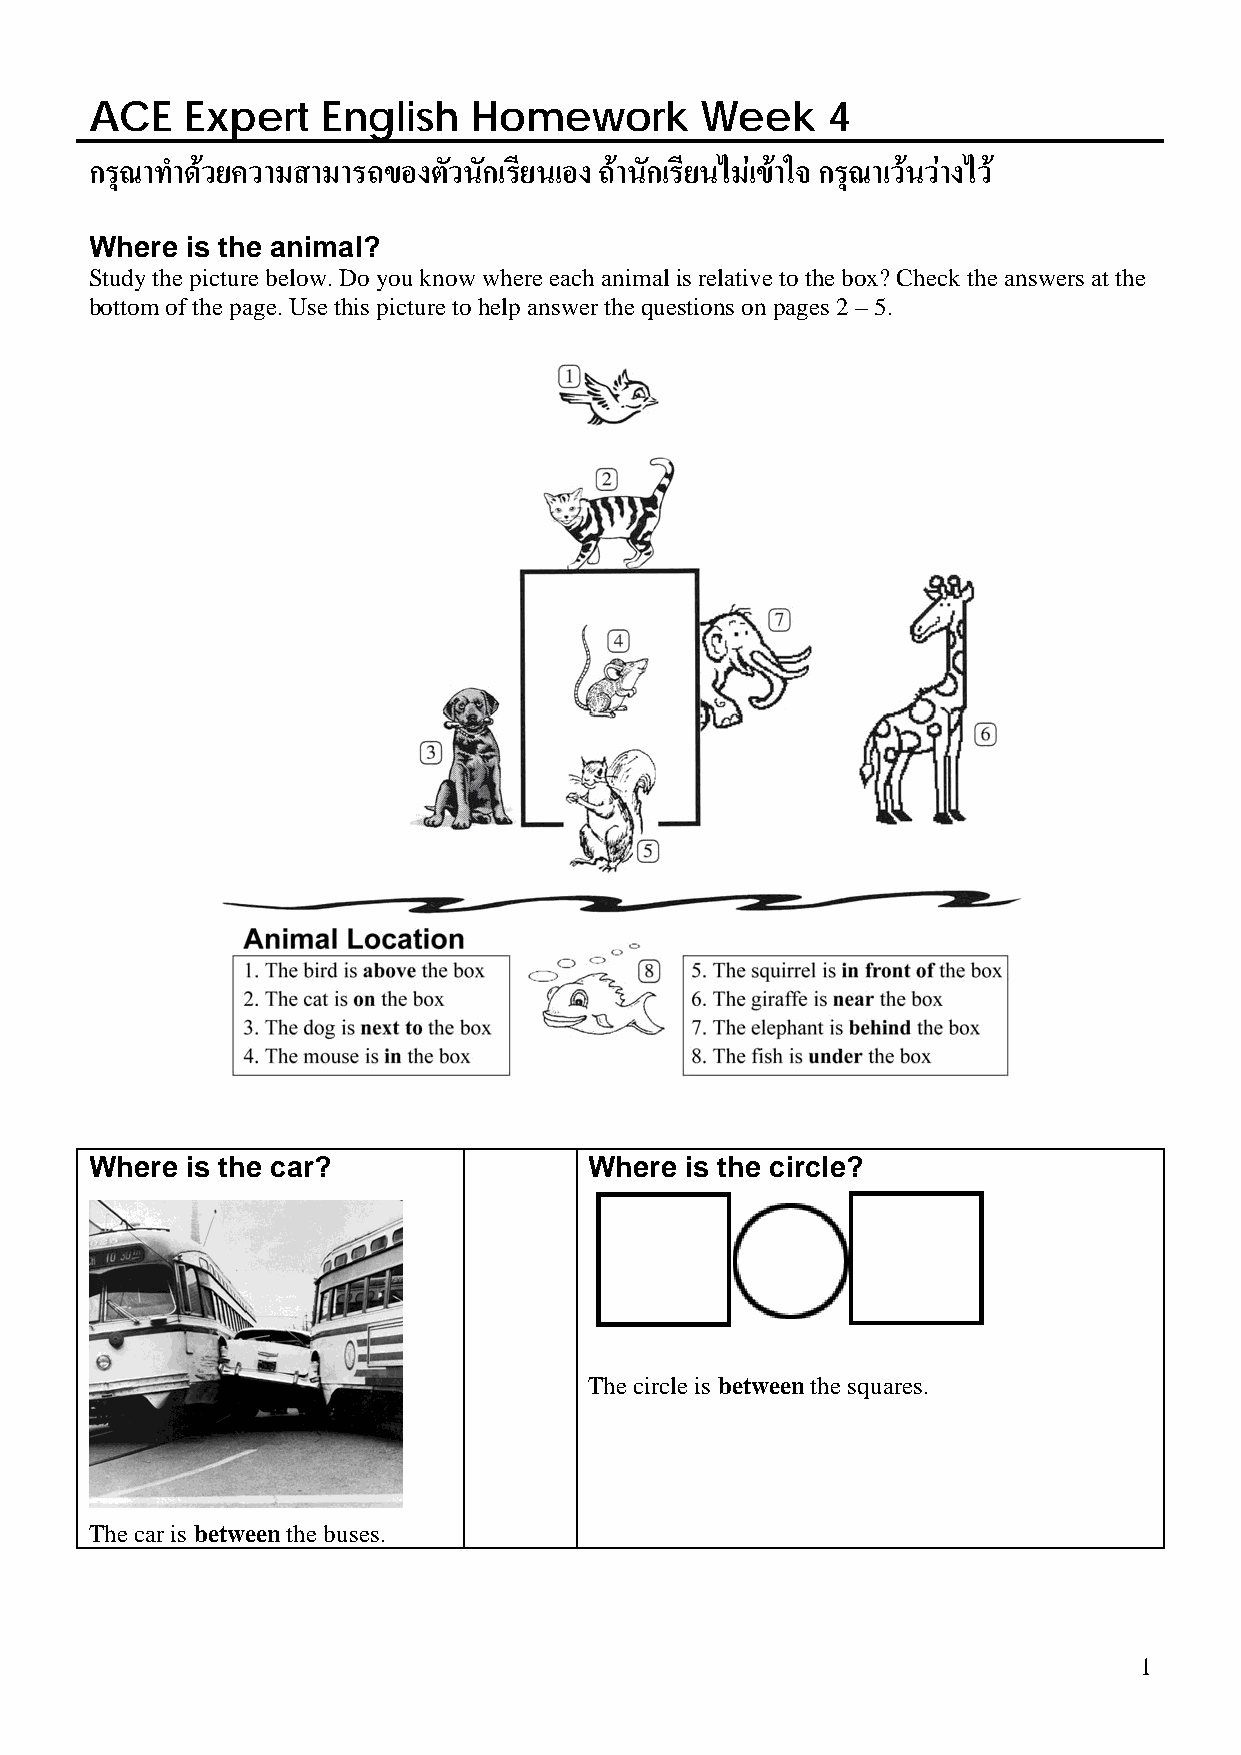
ACE   Expert   English   Homework       Week     4
 กรุณาทําดวยความสามารถของตัวนักเรียนเอง ถานักเรียนไมเขาใจ กรุณาเวนวางไว
 Where is the animal?
 Study the picture below. Do you know where each animal is relative to the box? Check the answers at the
 bottom of the page. Use this picture to help answer the questions on pages 2 – 5.
 Where is the car?                Where is the circle?
 The circle is between the squares.
 The car is between the buses.
 1